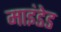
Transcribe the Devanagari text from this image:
माइंडेड